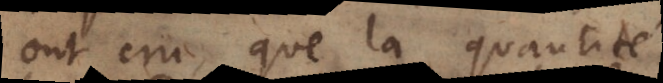
t cru, que la quantité